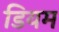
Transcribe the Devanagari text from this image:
डियम